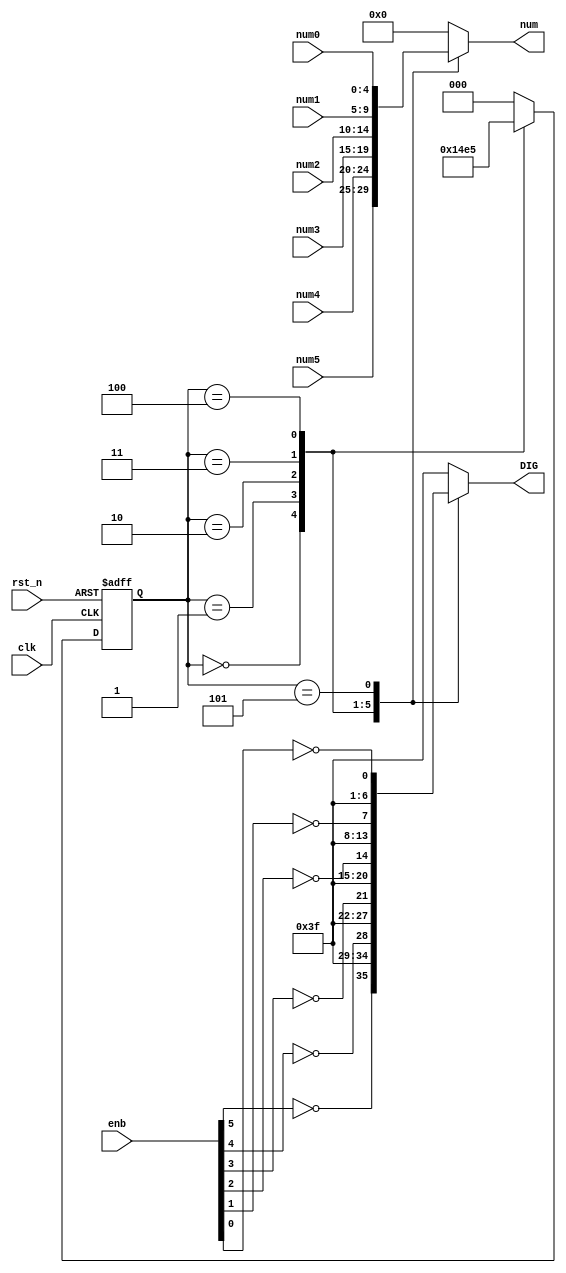
module DigSel(input wire clk,rst_n,
              input wire[4:0] num5,num4,num3,num2,num1,num0,
              input wire[5:0] enb,
              output reg[5:0] DIG,
              output reg[4:0] num);

    parameter DIG1 = 3'b000;
    parameter DIG2 = 3'b001;
    parameter DIG3 = 3'b010;
    parameter DIG4 = 3'b011;
    parameter DIG5 = 3'b100;
    parameter DIG6 = 3'b101;
    reg[2:0] curr_state,next_state;

    always @(*)begin
        case(curr_state)
            DIG1:begin
                    num = num5;
                    DIG = {~enb[5],5'b11111};
            end
            DIG2:begin
                    num = num4;
                    DIG = {1'b1,~enb[4],4'b1111};
            end
            DIG3:begin
                    num = num3;
                    DIG = {2'b11,~enb[3],3'b111};
            end
            DIG4:begin
                    num = num2;
                    DIG = {3'b111,~enb[2],2'b11};
            end
            DIG5:begin
                    num = num1;
                    DIG = {4'b1111,~enb[1],1'b1};
            end
            DIG6:begin
                    num = num0;
                    DIG = {5'b11111,~enb[0]};
            end
            default:begin
                     num = 5'b00000;
                     DIG = 6'b111111;
            end
        endcase
    end

    always @(posedge clk or negedge rst_n) begin
        if(!rst_n) curr_state <= DIG1;
        else curr_state <= next_state;
    end

    always @(*) begin
        case(curr_state)
        DIG1: next_state = DIG2;
        DIG2: next_state = DIG3;
        DIG3: next_state = DIG4;
        DIG4: next_state = DIG5;
        DIG5: next_state = DIG6;
        DIG6: next_state = DIG1;
        default: next_state = DIG1;
        endcase
    end

endmodule